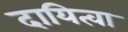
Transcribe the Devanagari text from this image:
दायित्वा